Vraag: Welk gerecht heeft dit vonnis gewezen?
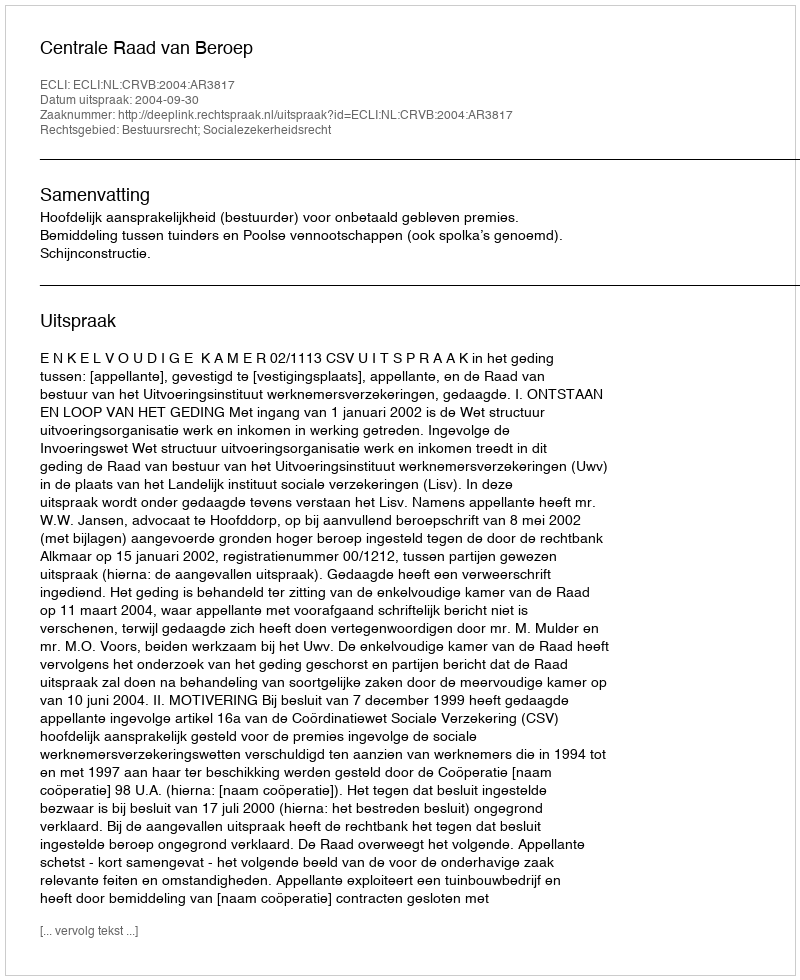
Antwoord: Centrale Raad van Beroep